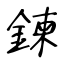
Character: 鍊